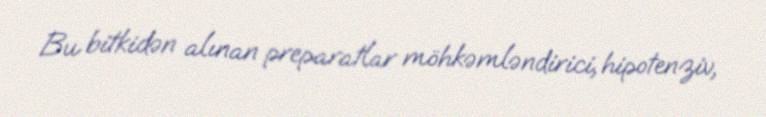
Bu bitkidən alınan preparatlar möhkəmləndirici, hipotenziv,